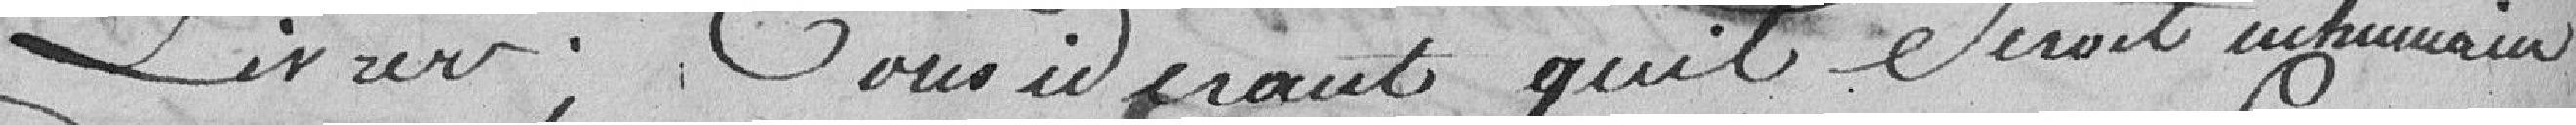
livrer ; considérant qu'il serait inhumain